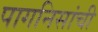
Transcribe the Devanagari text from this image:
पागनिसांची